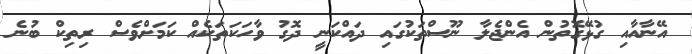
އޭނާއާއި ގުޅޭގޮތުން އެންޖެލާ ނޫސްތަކުގައި ދައްކަނީ ދޮގު ވާހަކަތަކެއް ކަމަށްވެސް ރިތިކް ބުނެ